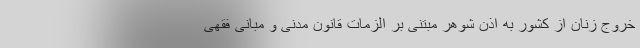
خروج زنان از کشور به اذن شوهر مبتنی بر الزمات قانون مدنی و مبانی فقهی